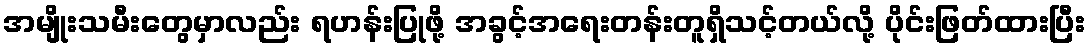
အမျိုးသမီးတွေမှာလည်း ရဟန်းပြုဖို့ အခွင့်အရေးတန်းတူရှိသင့်တယ်လို့ ပိုင်းဖြတ်ထားပြီး